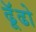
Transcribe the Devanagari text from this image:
ढॅूढो